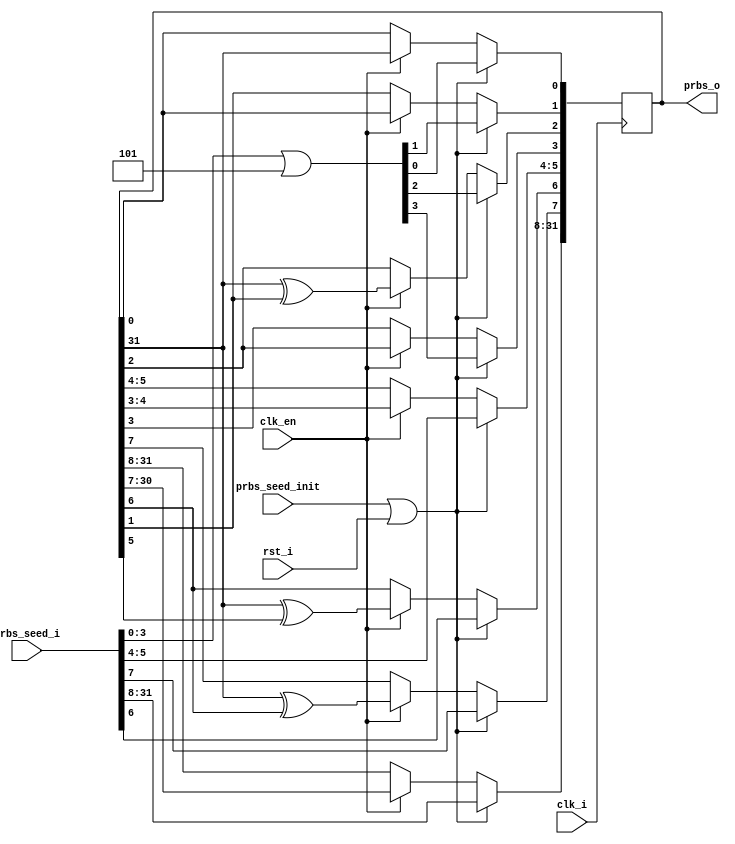
module mig_7series_v2_0_data_prbs_gen #
  (
    parameter TCQ           = 100,
    parameter EYE_TEST   = "FALSE",
    parameter PRBS_WIDTH = 32,                                                                       
    parameter SEED_WIDTH = 32    
   )
  (
   input           clk_i,
   input           clk_en,
   input           rst_i,
   input           prbs_seed_init,  
   input [PRBS_WIDTH - 1:0]  prbs_seed_i,
   output  [PRBS_WIDTH - 1:0]  prbs_o     
  );
reg [PRBS_WIDTH - 1 :0] prbs;  
reg [PRBS_WIDTH :1] lfsr_q;
integer i;
always @ (posedge clk_i)
begin
   if (prbs_seed_init && EYE_TEST == "FALSE"  || rst_i )  
      begin
        lfsr_q[4:1] <= #TCQ   prbs_seed_i[3:0] | 4'h5;
        lfsr_q[PRBS_WIDTH:5] <= #TCQ  prbs_seed_i[PRBS_WIDTH-1:4] ;
      end
   else   if (clk_en) begin
        lfsr_q[32:9] <= #TCQ  lfsr_q[31:8];
        lfsr_q[8]    <= #TCQ  lfsr_q[32] ^ lfsr_q[7];
        lfsr_q[7]    <= #TCQ  lfsr_q[32] ^ lfsr_q[6];
        lfsr_q[6:4]  <= #TCQ  lfsr_q[5:3];
        lfsr_q[3]    <= #TCQ  lfsr_q[32] ^ lfsr_q[2];
        lfsr_q[2]    <= #TCQ  lfsr_q[1] ;
        lfsr_q[1]    <= #TCQ  lfsr_q[32];
         end
end
always @ (lfsr_q[PRBS_WIDTH:1]) begin
       prbs = lfsr_q[PRBS_WIDTH:1];
end
assign prbs_o = prbs;
endmodule